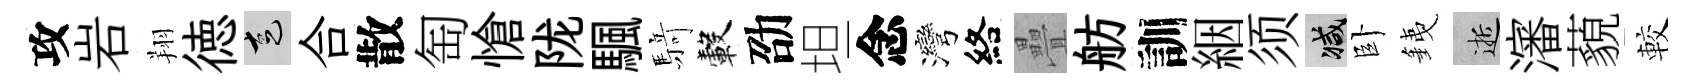
攻岩翔徳走合散匋愴陇颿𮪍轂劭坦念灣絡疊舫訓絪须减卧銕逝瀋藐較